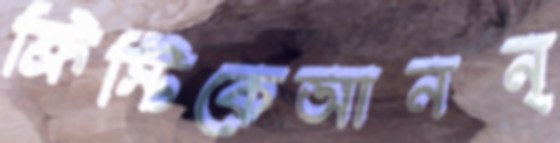
ক্রিস্টিকেআনন্